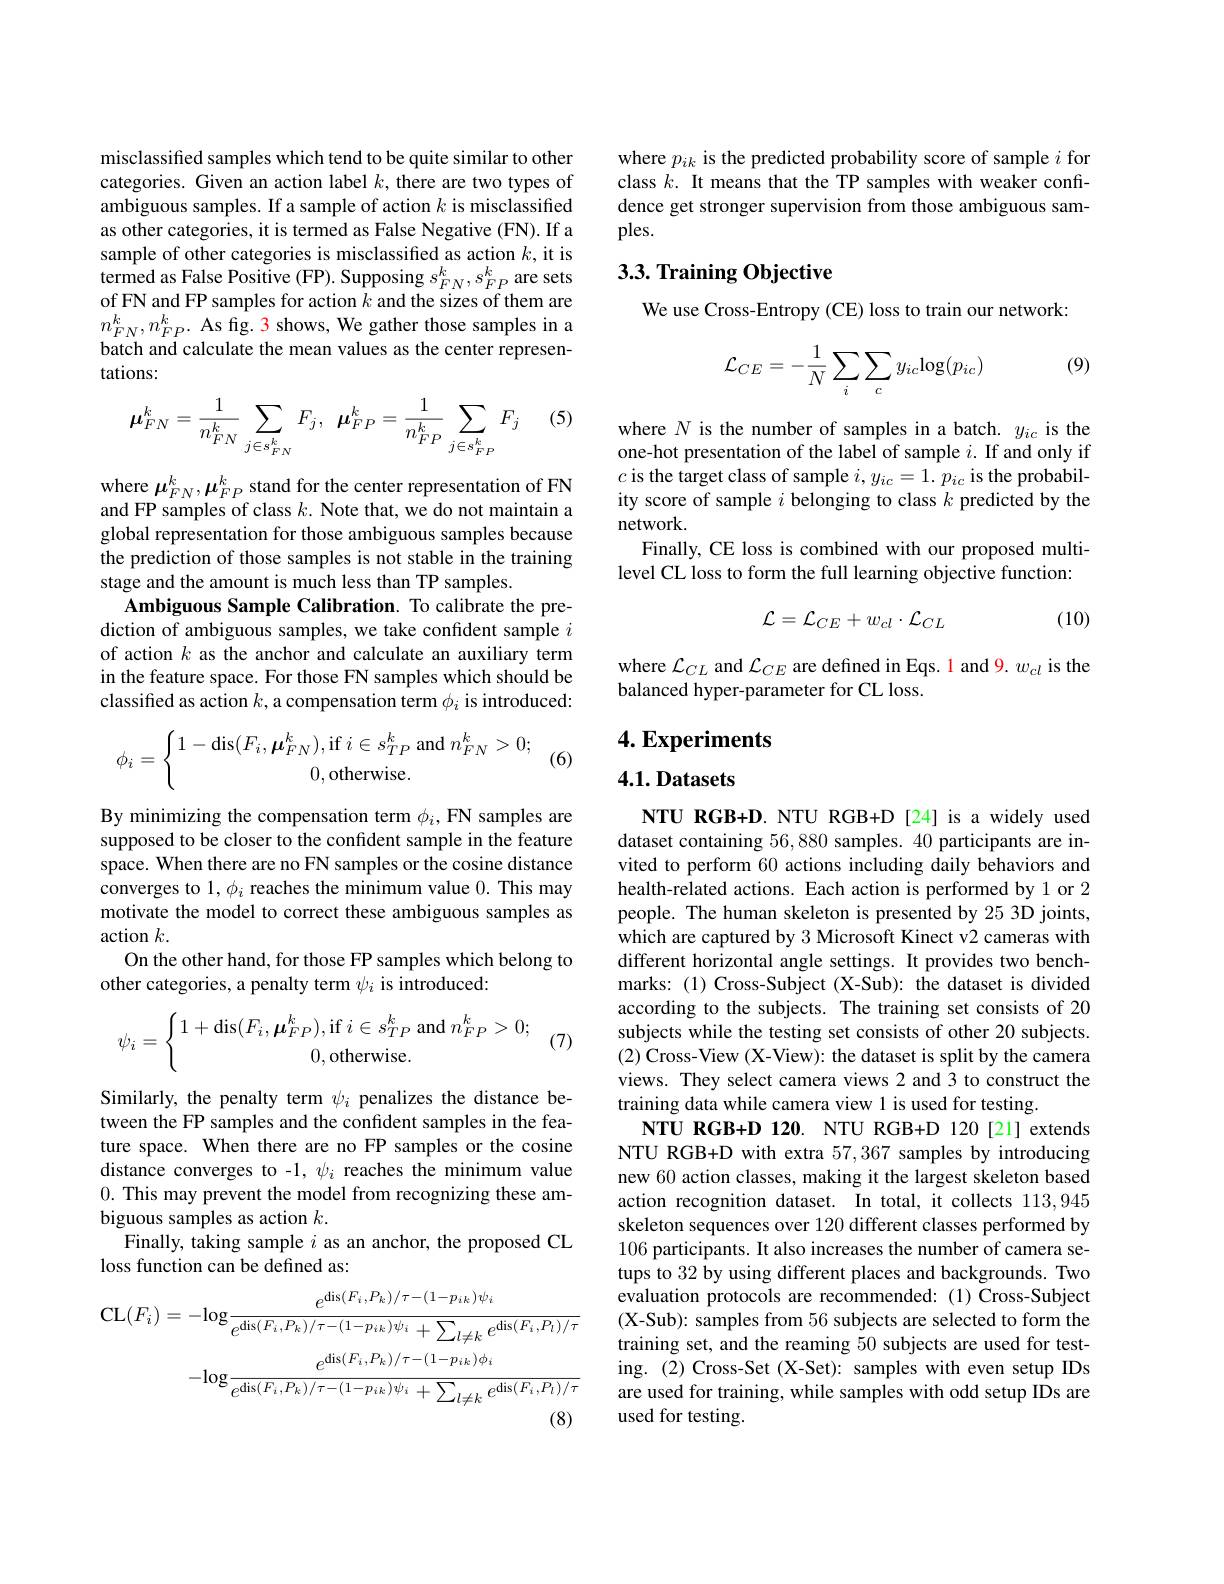
misclassified samples which tend to be quite similar to other categories. Given an action label $k$, there are two types of ambiguous samples. If a sample of action $k$ is misclassified as other categories, it is termed as False Negative (FN). If a sample of other categories is misclassified as action $k$, it is $\hat{\text{termed as False Positive }}($FP).Supposing $s_FN^k,s_{FP}^k$ are sets of FN and FP samples for action $k$ and the sizes of them are $n_{FN}^{k},n_{FP}^{k}.$ As fig. 3 shows, We gather those samples in a batch and calculate the mean values as the center representations:

(5)
$$\boldsymbol{\mu}_{FN}^{k}=\frac{1}{n_{FN}^{k}}\sum_{{j\in s_{FN}^{k}}}F_{j},\:\boldsymbol{\mu}_{FP}^{k}=\frac{1}{n_{FP}^{k}}\sum_{{j\in s_{FP}^{k}}}F_{j}$$
where $\mu_{FN}^k,\mu_{FP}^k$ stand for the center representation of FN and FP samples of class $k.$ Note that, we do not maintain a global representation for those ambiguous samples because the prediction of those samples is not stable in the training stage and the amount is much less than TP samples.
Ambiguous Sample Calibration. To calibrate the prediction of ambiguous samples, we take confident sample $i$ of action $k$ as the anchor and calculate an auxiliary term in the feature space. For those FN samples which should be classified as action $k$, a compensation term $\phi_i$ is introduced:
$$\phi_i=\begin{cases}1-\mathrm{dis}(F_i,\boldsymbol{\mu}_{FN}^k),\mathrm{if}\:i\in s_{TP}^k\:\mathrm{and}\:n_{FN}^k>0;\\\quad0,\mathrm{otherwise}.\end{cases}$$
(6)

By minimizing the compensation term $\phi_i$,FN samples are supposed to be closer to the confident sample in the feature space. When there are no FN samples or the cosine distance converges to 1, $\phi_i$ reaches the minimum value 0. This may motivate the model to correct these ambiguous samples as action $k.$
On the other hand, for those FP samples which belong to
other categories, a penalty term $\psi_i$ is introduced:
$$\psi_i=\begin{cases}1+\mathrm{dis}(F_i,\boldsymbol{\mu}_{FP}^k),\mathrm{if}\:i\in s_{TP}^k\:\mathrm{and}\:n_{FP}^k>0;\\\quad0,\mathrm{otherwise}.\end{cases}$$
(7)

Similarly, the penalty term $\psi_i$ penalizes the distance between the FP samples and the confident samples in the feature space. When there are no FP samples or the cosine distance converges to -1, $\psi_i$ reaches the minimum value 0. This may prevent the model from recognizing these ambiguous samples as action $k.$
Finally, taking sample $i$ as an anchor, the proposed CL
loss function can be defined as:
$$\begin{aligned}\mathrm{CL}(F_{i})&=-\mathrm{log}\frac{e^{\mathrm{dis}(F_{i},P_{k})/\tau-(1-p_{ik})\psi_{i}}}{e^{\mathrm{dis}(F_{i},P_{k})/\tau-(1-p_{ik})\psi_{i}}+\sum_{l\neq k}e^{\mathrm{dis}(F_{i},P_{l})/\tau}}\\&-\mathrm{log}\frac{e^{\mathrm{dis}(F_{i},P_{k})/\tau-(1-p_{ik})\phi_{i}}}{e^{\mathrm{dis}(F_{i},P_{k})/\tau-(1-p_{ik})\psi_{i}}+\sum_{l\neq k}e^{\mathrm{dis}(F_{i},P_{l})/\tau}}\end{aligned}$$
where $p_{ik}$ is the predicted probability score of sample $i$ for class $k.$ It means that the TP samples with weaker confrdence get stronger supervision from those ambiguous samples.

## 3.3. Training Objective

We use Cross-Entropy (CE) loss to train our network:

(9)
$$\mathcal{L}_{CE}=-\frac{1}{N}\sum_{i}\sum_{c}y_{ic}\mathrm{log}(p_{ic})$$
where $N$ is the number of samples in a batch. $y_{ic}$ is the one-hot presentation of the label of sample $i.$ If and only if $c$ is the target class of sample $i,y_ic=1.p_{ic}$ is the probability score of sample $i$ belonging to class $k$ predicted by the network.
Finally, CE loss is combined with our proposed multilevel CL loss to form the full learning objective function:
$$\mathcal{L}=\mathcal{L}_{CE}+w_{cl}\cdot\mathcal{L}_{CL}$$
(10)

where $\mathcal{L}_{CL}$ and $\mathcal{L}_{CE}$ are defined in Eqs. 1 and 9. $w_cl$ is the
balanced hyper-parameter for CL loss.

4. Experiments

4.1. Datasets

NTU RGB+D. NTU RGB+D [24] is a widely used dataset containing 56,880 samples. 40 participants are invited to perform 60 actions including daily behaviors and health-related actions. Each action is performed by 1 or 2 people. The human skeleton is presented by 25 3D joints, which are captured by 3 Microsoft Kinect v2 cameras with different horizontal angle settings. It provides two benchmarks: (1) Cross-Subject (X-Sub): the dataset is divided according to the subjects. The training set consists of 20 subjects while the testing set consists of other 20 subjects. (2) Cross-View (X-View): the dataset is split by the camera views. They select camera views 2 and 3 to construct the training data while camera view 1 is used for testing.
NTU RGB+ D 120. NTU RGB+ D 120 [ 21] extends NTU RGB+D with extra 57,367 samples by introducing new 60 action classes, making it the largest skeleton based action recognition dataset. In total, it collects 113,945 skeleton sequences over 120 different classes performed by 106 participants. It also increases the number of camera setups to 32 by using different places and backgrounds. Two evaluation protocols are recommended:(1)Cross-Subject (X-Sub): samples from 56 subjects are selected to form the training set, and the reaming 50 subjects are used for testing. (2) Cross-Set (X-Set): samples with even setup IDs are used for training, while samples with odd setup IDs are used for testing.